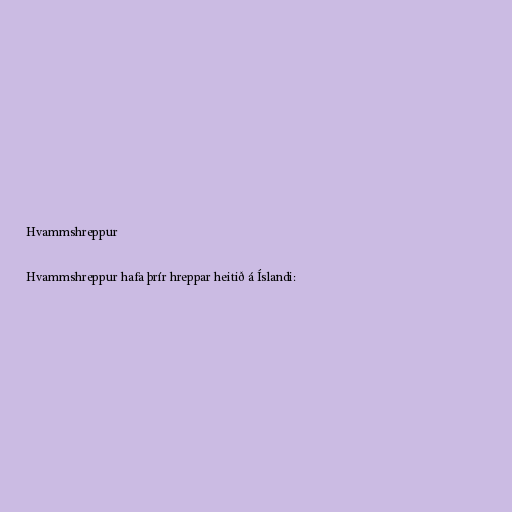
Hvammshreppur

Hvammshreppur hafa þrír hreppar heitið á Íslandi: